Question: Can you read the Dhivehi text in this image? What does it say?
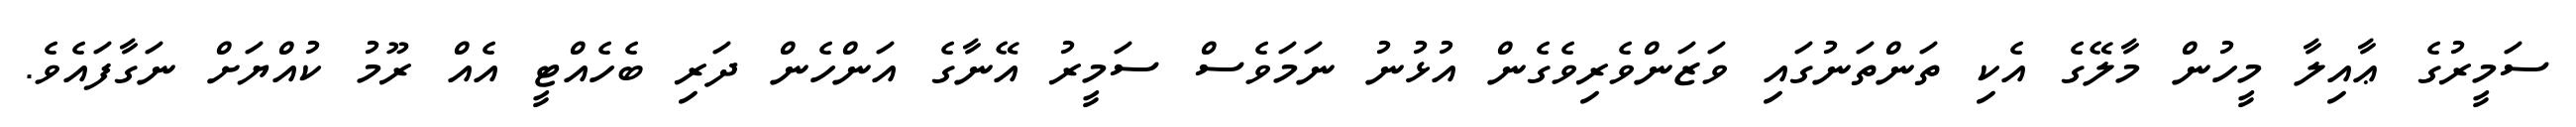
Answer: ސަމީރުގެ ޢާއިލާ މީހުން މާލޭގެ އެކި ތަންތަނުގައި ވަޒަންވެރިވެގެން އުޅުނު ނަމަވެސް ސަމީރު އޭނާގެ އަންހެން ދަރި ބެހެއްޓީ އެއް ރޫމު ކުއްޔަށް ނަގާފައެވެ.